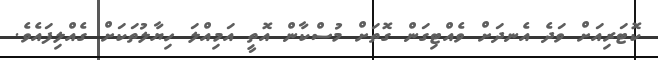
ކޮޓަރިއަށް ވަދެ އެނދަށް ވެއްޓިގަން ގޮތަށް މުސްކާން އޮތީ އަމިއްލަ ހިޔާލުތަކަށް ގެއްލިފައެވެ.